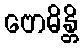
ဗောဓိန္တိ